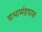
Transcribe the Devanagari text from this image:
सभामंडपास